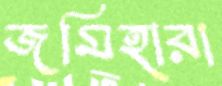
জমিহারা